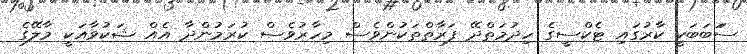
ސަަބަބަކީ ކާރުގައި ޓެކްސީގެ ހިދުމަތްދޭ ފަރާތްތަކުންވެސް މިހާރުވެސް ކުރަމުންދާ އެއް ޝަކުވާއަކީ މާލޭގެ